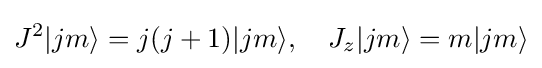
J^{2}|jm\rangle =j(j+1)|jm\rangle ,\quad J_{z}|jm\rangle =m|jm\rangle